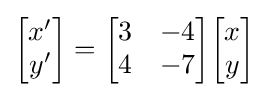
{\begin{bmatrix}x'\\y'\end{bmatrix}}={\begin{bmatrix}3&-4\\4&-7\end{bmatrix}}{\begin{bmatrix}x\\y\end{bmatrix}}~